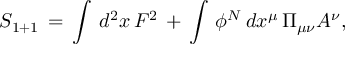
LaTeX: S _ { 1 + 1 } \, = \, \int \, d ^ { 2 } x \, F ^ { 2 } \, + \, \int \, \phi ^ { N } \, d x ^ { \mu } \, \Pi _ { \mu \nu } A ^ { \nu } ,